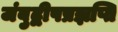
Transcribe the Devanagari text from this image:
जंबुद्वीपप्रज्ञप्ति